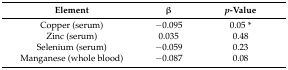
| Element | β | p-Value |
 | --- | --- | --- |
 | Copper (serum) | −0.095 | 0.05 * |
 | Zinc (serum) | 0.035 | 0.48 |
 | Selenium (serum) | −0.059 | 0.23 |
 | Manganese (whole blood) | −0.087 | 0.08 |